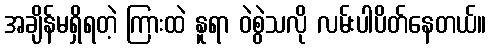
အချိန်မရှိရတဲ့ ကြားထဲ နူရာ ဝဲစွဲသလို လမ်းပါပိတ်နေတယ်။